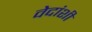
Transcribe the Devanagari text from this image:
वेदांशीं